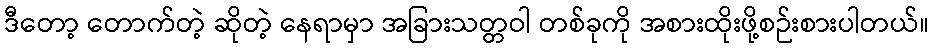
ဒီတော့ တောက်တဲ့ ဆိုတဲ့ နေရာမှာ အခြားသတ္တဝါ တစ်ခုကို အစားထိုးဖို့စဉ်းစားပါတယ်။